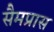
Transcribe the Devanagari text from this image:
सैमप्रास